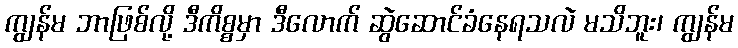
ကျွန်မ ဘာဖြစ်လို့ ဒီကိစ္စမှာ ဒီလောက် ဆွဲဆောင်ခံနေရသလဲ မသိဘူး၊ ကျွန်မ